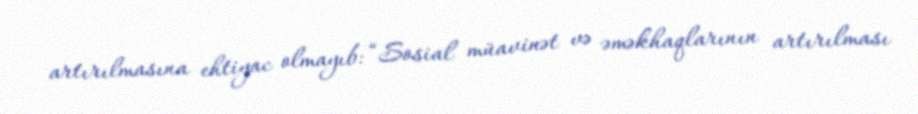
artırılmasına ehtiyac olmayıb: “Sosial müavinət və əməkhaqlarının artırılması